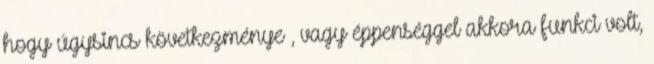
hogy úgysincs következménye , vagy éppenséggel akkora funkci volt,